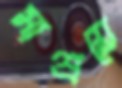
সাশ্রয়ে